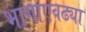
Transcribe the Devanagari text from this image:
भागाएवढ्या